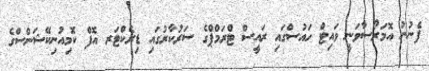
ފެނުނު އޮމަރޯސާވަނީ ވައިޓް ހައުސްގައި ރައީސް ޓްރަމްޕްގެ ސަރުކާރުގައި ޑިރެކްޓަރ އޮފް ކޮމިއުނިކޭޝަންސްގެ